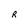
Character: R